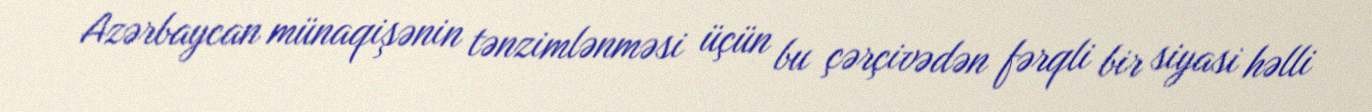
Azərbaycan münaqişənin tənzimlənməsi üçün bu çərçivədən fərqli bir siyasi həlli